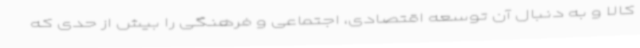
کالا و به دنبال آن توسعه اقتصادی، اجتماعی و فرهنگی را بیش از حدی که